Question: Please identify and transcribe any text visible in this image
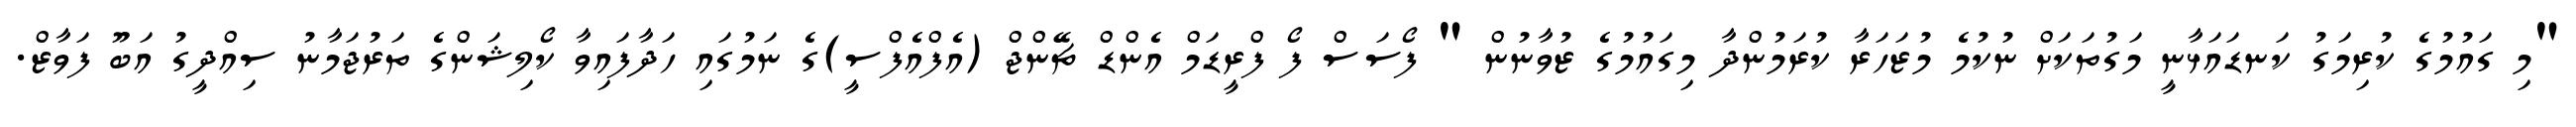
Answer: "މި ގައުމުގެ ކުރިމަގު ކަނޑައަޅާނީ މަގުތަކަށް ނުކުމެ މުޒަހަރާ ކުރަމުންދާ މިގައުމުގެ ޒުވާނުން " ފޯސަސް ފޯ ފްރީޑަމް އެންޑް ޗޭންޖް (އެފްއެފްސީ)ގެ ނަމުގައި ހަދާފައިވާ ކޯލިޝަންގެ ތަރުޖަމާނު ސިއްދީގު އަބޫ ފަވާޒް.